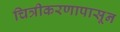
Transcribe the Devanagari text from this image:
चित्रीकरणापासून